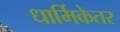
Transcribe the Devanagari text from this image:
धार्मिकेतर